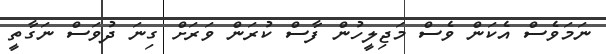
ނަމަވެސް އެކަން ވެސް މަޖިލީހުން ފާސް ކުރަން ވަރަށް ގިނަ ދުވަސް ނަގާތީ